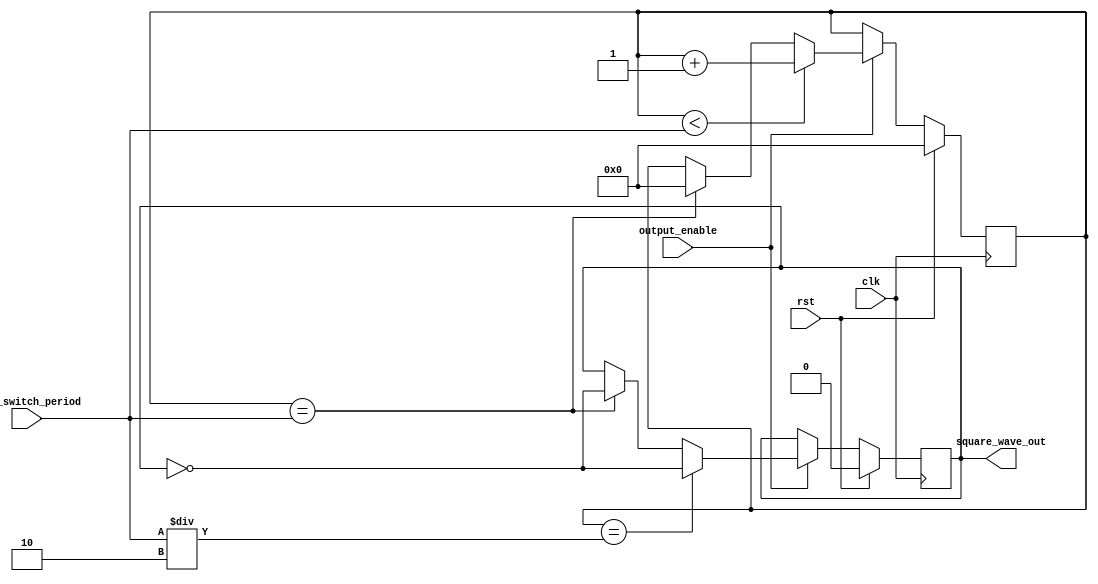
module tone_generator (
    input output_enable,
    input [23:0] tone_switch_period,
    input clk,
    input rst,
    output square_wave_out
);
  // USE YOUR IMPLEMENTATION FROM PREVIOUS LABS.

  reg[23:0] clock_counter=0;
 
  reg sqw =0;
  always@(posedge  clk  )
  begin
     if(rst)begin
         clock_counter <=24'b0;
     end
     else if(!rst)begin
         if(output_enable)begin
               if(clock_counter<tone_switch_period)
                   clock_counter <=clock_counter+1'b1;
               else if(clock_counter==tone_switch_period)
                      clock_counter <=24'b0;
         end
         else begin
              clock_counter <= clock_counter;
         end
     end
 end
 always@(posedge clk  ) begin
   if(rst)
       sqw <=1'b0;
   else begin
       if(output_enable)begin
          if(clock_counter==tone_switch_period/2)
                 sqw = ~sqw ;
          else  if(clock_counter==tone_switch_period)
                  sqw = ~sqw ;
        end
        else begin
              sqw = sqw ;
        end
    end
 end     
   assign square_wave_out=sqw;
endmodule